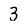
Character: 3